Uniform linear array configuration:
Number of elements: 4
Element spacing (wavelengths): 0.25
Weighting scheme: hamming
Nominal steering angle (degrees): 45
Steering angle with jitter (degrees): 43.523
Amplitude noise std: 0.05
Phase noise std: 0.05

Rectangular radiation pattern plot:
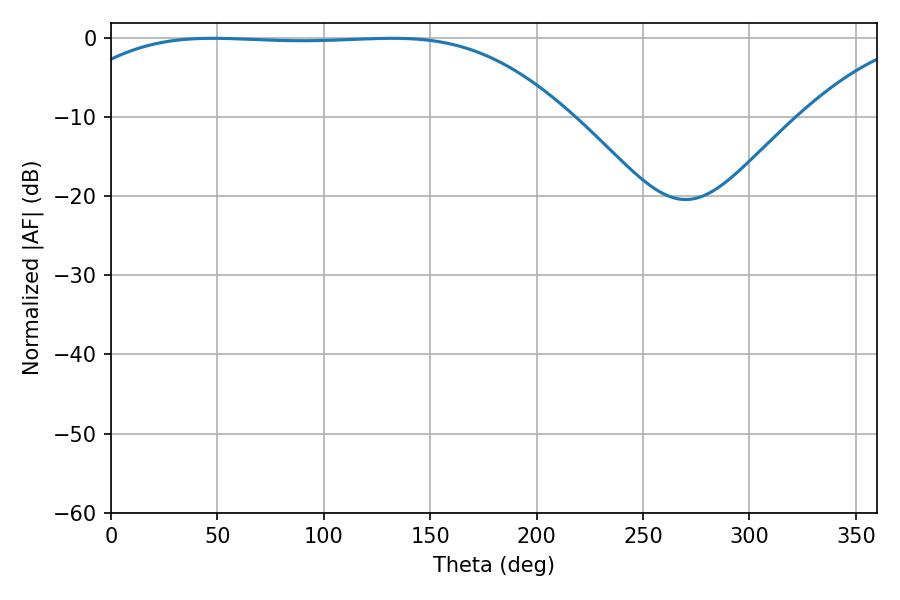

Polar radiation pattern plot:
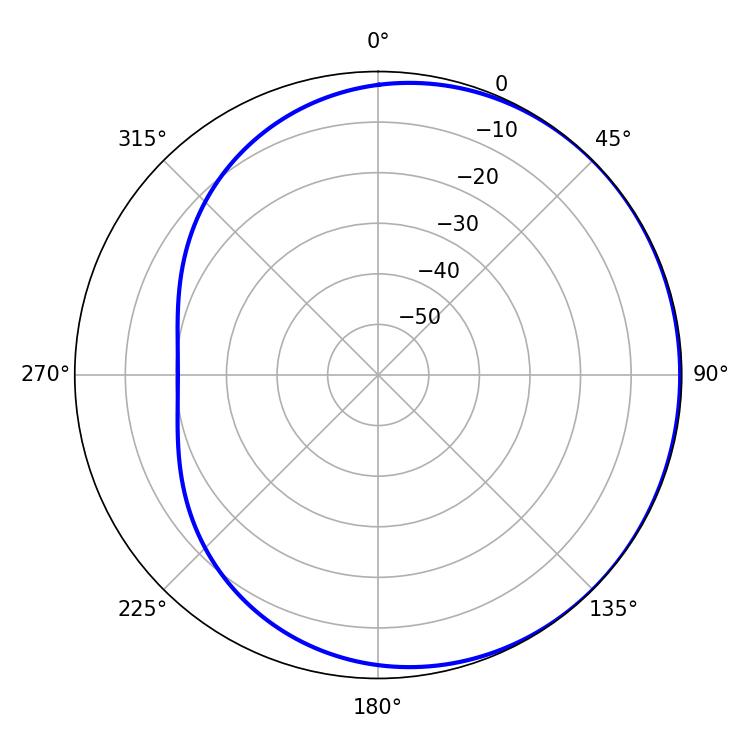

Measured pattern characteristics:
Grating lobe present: FALSE
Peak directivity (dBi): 0.5575
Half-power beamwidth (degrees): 182.7
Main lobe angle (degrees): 47.7